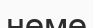
неме